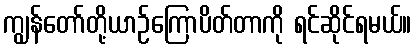
ကျွန်တော်တို့ယာဉ်ကြောပိတ်တာကို ရင်ဆိုင်ရမယ်။